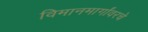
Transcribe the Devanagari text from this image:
विमानमार्गांवरचे